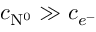
c _ { \mathrm { N } ^ { 0 } } \gg c _ { e ^ { - } }